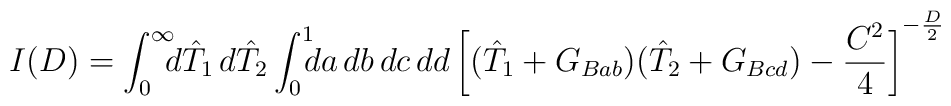
I(D)=\int_0^{\infty}\!\!\! d\hat T_1\, d\hat T_2\int_0^1 \!\!\! da\, db\, dc\, dd\,{\biggl[(\hat T_1+G_{Bab})(\hat T_2+G_{Bcd})-{C^2\over 4}\biggr]}^{-{D\over 2}}